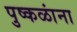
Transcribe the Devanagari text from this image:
पुष्कळांना